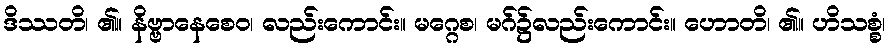
ဒိဿတိ၊ ၏။ နိဗ္ဗာနေစေဝ၊ လည်းကောင်း။ မဂ္ဂေစ၊ မဂ်၌လည်းကောင်း။ ဟောတိ၊ ၏။ ဟိသစ္စံ၊